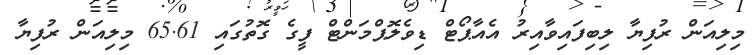
މިލިއަން ރުފިޔާ ލިބިފައިވާއިރު އެއާޕޯޓް ޑިވެލޮޕްމަންޓް ފީގެ ގޮތުގައި 65.61 މިލިއަން ރުފިޔާ